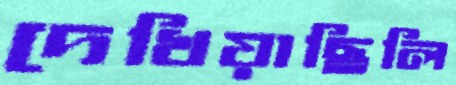
দেখিয়াছিলি